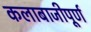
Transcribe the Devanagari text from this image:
कलाबाजीपूर्ण